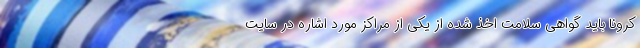
کرونا باید گواهی سلامت اخذ شده از یکی از مراکز مورد اشاره در سایت